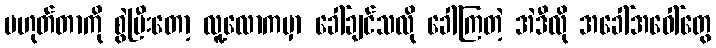
မဟုတ်တာကို စွဲပြီးတော့ လူ့လောကမှာ ခေါ်ချင်သလို ခေါ်ကြတဲ့ အဲဒီလို အခေါ်အဝေါ်တွေ